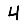
Digit: 4